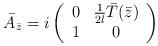
LaTeX: \begin{align*}\bar A_{\bar z} = i\left( \begin{array}{cc} 0 & {1 \over 2l} \bar T(\bar z) \\ 1 & 0 \end{array} \right)\end{align*}